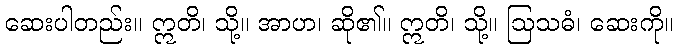
ဆေးပါတည်း။ ဣတိ၊ သို့။ အာဟ၊ ဆို၏။ ဣတိ၊ သို့။ ဩသဓံ၊ ဆေးကို။